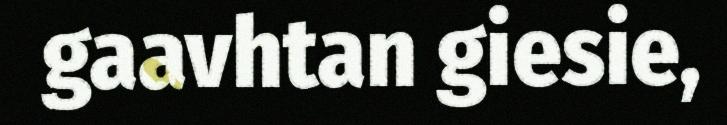
gaavhtan giesie,